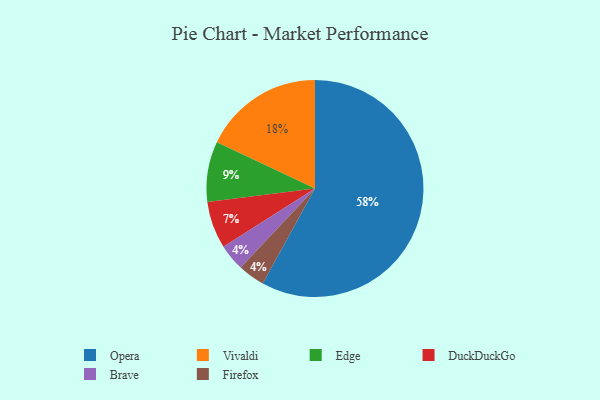
{"axis": {"x": "Category", "y": "Percentage"}, "legend": ["Brave", "DuckDuckGo", "Edge", "Firefox", "Opera", "Vivaldi"], "data": [{"x": "Opera", "y": 58, "type": "Opera"}, {"x": "DuckDuckGo", "y": 7, "type": "DuckDuckGo"}, {"x": "Vivaldi", "y": 18, "type": "Vivaldi"}, {"x": "Brave", "y": 4, "type": "Brave"}, {"x": "Firefox", "y": 4, "type": "Firefox"}, {"x": "Edge", "y": 9, "type": "Edge"}]}